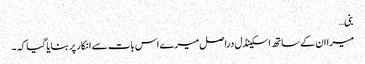
بنی…
میرا ان کے ساتھ اسکینڈل دراصل میرے اس بات سے انکار پر بنایا گیا کہ ۔